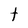
Character: t